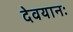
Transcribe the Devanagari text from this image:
देवयानः